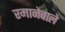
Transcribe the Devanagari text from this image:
रमानेवाले